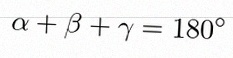
\alpha+\beta+\gamma=180^\circ